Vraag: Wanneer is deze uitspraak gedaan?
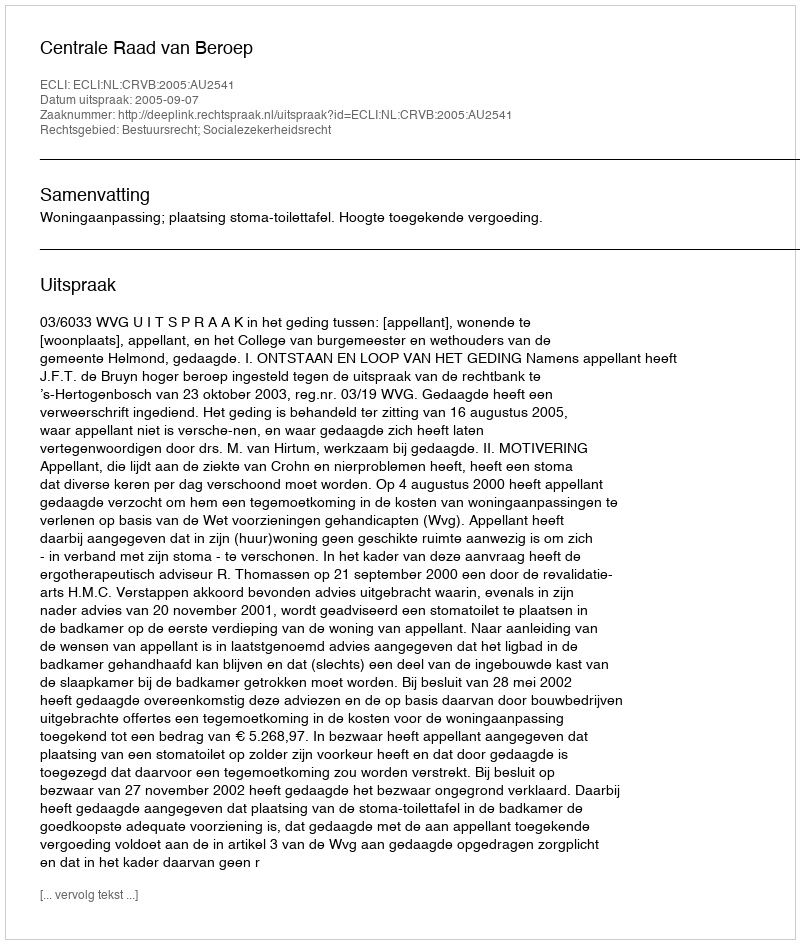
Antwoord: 2005-09-07